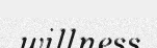
willness